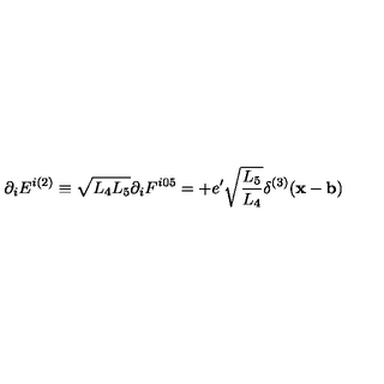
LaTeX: \partial _ { i } E ^ { i ( 2 ) } \equiv \sqrt { L _ { 4 } L _ { 5 } } \partial _ { i } F ^ { i 0 5 } = + e ^ { \prime } \sqrt { \frac { L _ { 5 } } { L _ { 4 } } } \delta ^ { ( 3 ) } ( { \bf x } - { \bf b } )